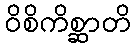
ဝိစိကိစ္ဆာတိ